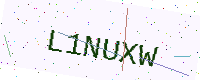
Text: L1NUXW